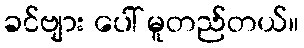
ခင်ဗျား ပေါ် မူတည်တယ်။